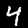
Label: 4